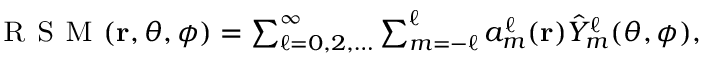
\begin{array} { r } { \textsc { R S M } ( \mathbf { r } , \theta , \phi ) = \sum _ { \ell = 0 , 2 , \hdots } ^ { \infty } \sum _ { m = - \ell } ^ { \ell } a _ { m } ^ { \ell } ( \mathbf { r } ) \hat { Y } _ { m } ^ { \ell } ( \theta , \phi ) , } \end{array}